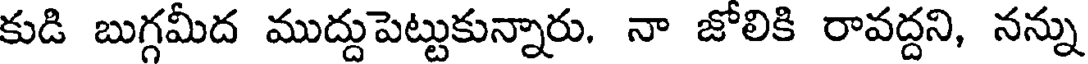
కుడి బుగ్గమీద ముద్దుపెట్టుకున్నారు. నా జోలికి రావద్దని, నన్ను